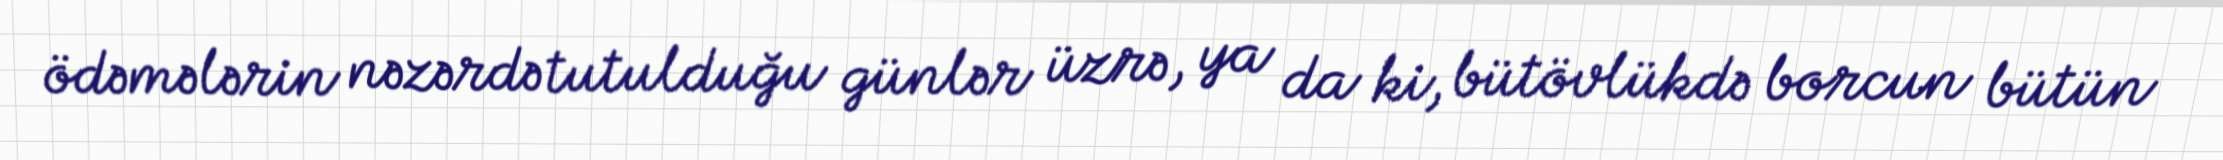
ödəmələrin nəzərdə tutulduğu günlər üzrə, ya da ki, bütövlükdə borcun bütün